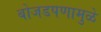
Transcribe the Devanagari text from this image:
बोजडपणामुळे